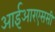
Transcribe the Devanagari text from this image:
आईआरएससी